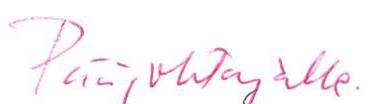
Pääjohtajalle